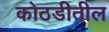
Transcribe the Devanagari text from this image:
कोठडीतील